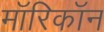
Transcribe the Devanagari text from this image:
माॅरिकाॅन